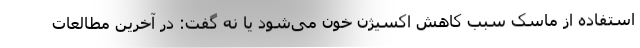
استفاده از ماسک سبب کاهش اکسیژن خون می‌شود یا نه گفت: در آخرین مطالعات